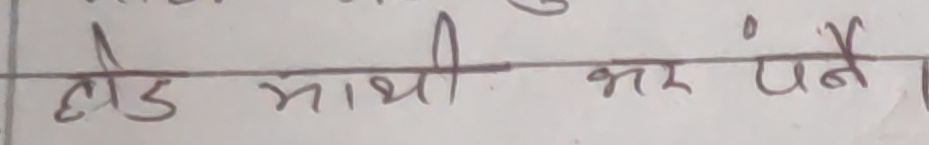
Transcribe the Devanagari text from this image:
छोड माथि कर पर्ने